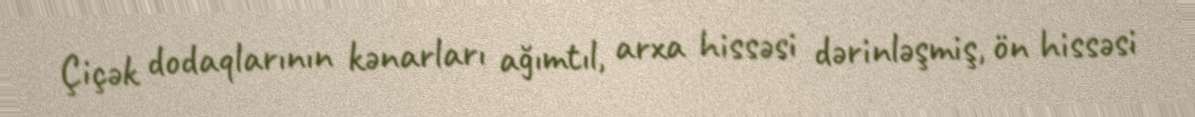
Çiçək dodaqlarının kənarları ağımtıl, arxa hissəsi dərinləşmiş, ön hissəsi